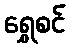
ရွှေစင်